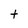
Character: t